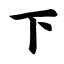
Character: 下